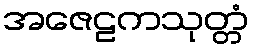
အဇေဠကသုတ္တံ